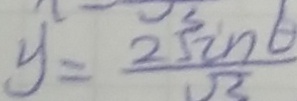
y = \frac { 2 \sin b } { \Omega }